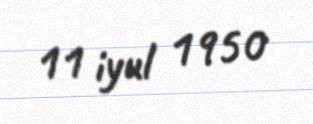
11 iyul 1950